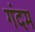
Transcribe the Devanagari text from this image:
गंदम